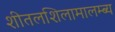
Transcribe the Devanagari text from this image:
शीतलशिलामालम्ब्य